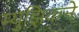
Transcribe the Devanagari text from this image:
म्युझिकने